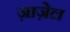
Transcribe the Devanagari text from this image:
ज़ाज़ेल